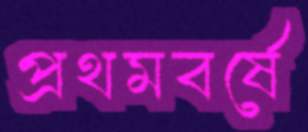
প্রথমবর্ষে